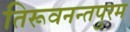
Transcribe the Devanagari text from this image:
तिरूवनन्तपुरम